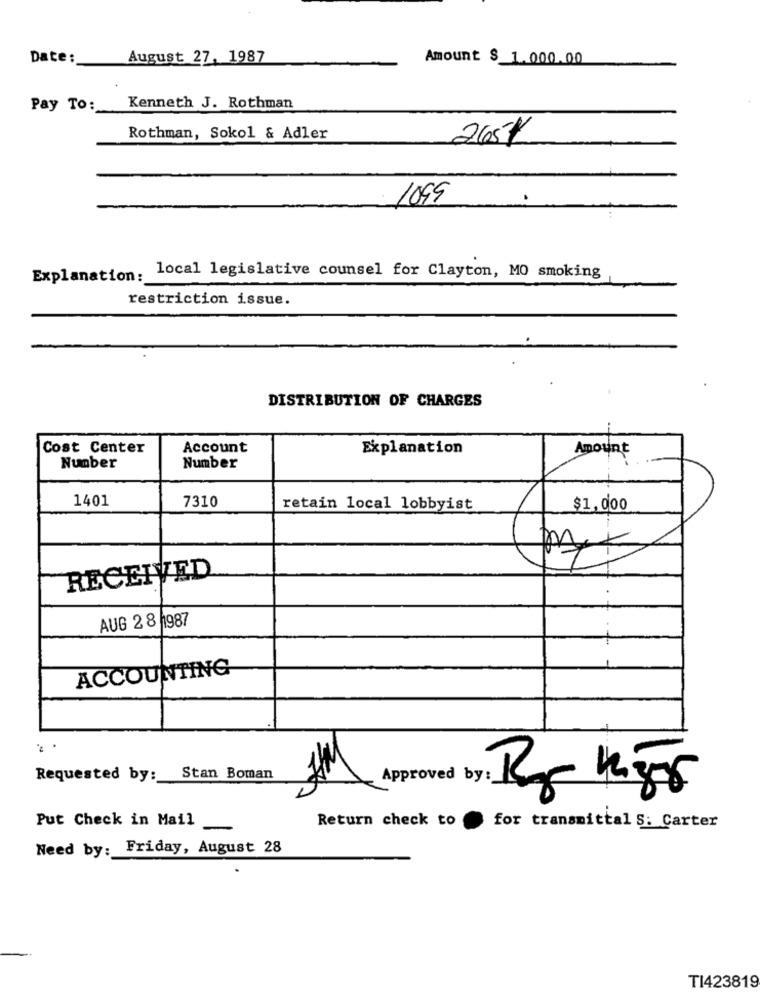
Date :_
August 27, 1987
Amount $ 1.000.00
Pay To :_
Kenneth J. Rothman
Rothman, Sokol & Adler
265/
.
1099
Explanation :_
local legislative counsel for Clayton, MO smoking
restriction issue.
DISTRIBUTION OF CHARGES
Cost Center
Account
Explanation
Amount
Number
Number
1401
7310
retain local lobbyist
$1,000
RECEIVED
AUG 2 8 1987
ACCOUNTING
Requested by: Stan Boman
Aproved by: Ro Ker
Put Check in Mail
Return check to
for transmittal S: Carter
Need by :_
Friday, August 28
TI423819